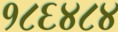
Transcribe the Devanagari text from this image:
१८६४८४